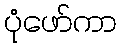
ပုံဖော်ကာ